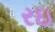
રઇ